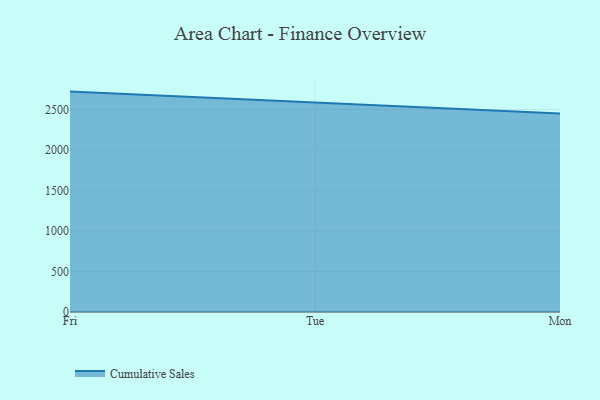
{"axis": {"x": "Day", "y": "Page Views"}, "legend": ["Cumulative Sales"], "data": [{"x": "Fri", "y": 2720.6, "type": "Cumulative Sales"}, {"x": "Tue", "y": 2584.6, "type": "Cumulative Sales"}, {"x": "Mon", "y": 2451.0, "type": "Cumulative Sales"}]}